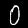
Digit: 0